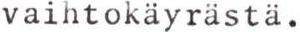
vaihtokäyrästä.